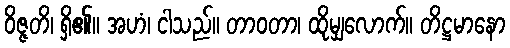
ဝိဇ္ဇတိ၊ ရှိ၏။ အဟံ၊ ငါသည်။ တာဝတာ၊ ထိုမျှလောက်။ တိဋ္ဌမာနော